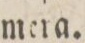
mera.